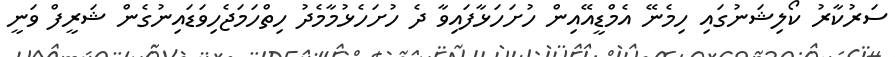
ސަރުކާރު ކޯލިޝަނުގައި ހިމެނޭ އެމްޑީއޭއިން ހުށަހަޅާފައިވާ ދެ ހުށަހެޅުމާމެދު ހިތްހަމަޖެހިވަޑައިނުގެން ޝަރީފް ވަނީ